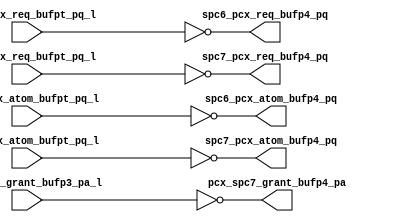
module pcx_buf_p4(/*AUTOARG*/
   // Outputs
   pcx_spc7_grant_bufp4_pa, spc6_pcx_req_bufp4_pq, 
   spc6_pcx_atom_bufp4_pq, spc7_pcx_req_bufp4_pq, 
   spc7_pcx_atom_bufp4_pq, 
   // Inputs
   spc6_pcx_req_bufpt_pq_l, spc6_pcx_atom_bufpt_pq_l, 
   spc7_pcx_req_bufpt_pq_l, spc7_pcx_atom_bufpt_pq_l, 
   pcx_spc7_grant_bufp3_pa_l
   );
   
   output [4:0]		pcx_spc7_grant_bufp4_pa;
   output [4:0]		spc6_pcx_req_bufp4_pq;	
   output 		spc6_pcx_atom_bufp4_pq;	
   output [4:0]		spc7_pcx_req_bufp4_pq;	
   output 		spc7_pcx_atom_bufp4_pq;	


   input [4:0]		spc6_pcx_req_bufpt_pq_l;	
   input 		spc6_pcx_atom_bufpt_pq_l;	
   input [4:0]		spc7_pcx_req_bufpt_pq_l;	
   input 		spc7_pcx_atom_bufpt_pq_l;	
   input [4:0]		pcx_spc7_grant_bufp3_pa_l;


   assign               pcx_spc7_grant_bufp4_pa                 =        ~pcx_spc7_grant_bufp3_pa_l;
   assign        	spc6_pcx_req_bufp4_pq[4:0]		=        ~spc6_pcx_req_bufpt_pq_l[4:0];
   assign 		spc6_pcx_atom_bufp4_pq			=        ~spc6_pcx_atom_bufpt_pq_l;
   assign        	spc7_pcx_req_bufp4_pq[4:0]		=        ~spc7_pcx_req_bufpt_pq_l[4:0];
   assign 		spc7_pcx_atom_bufp4_pq			=        ~spc7_pcx_atom_bufpt_pq_l;

								                                    
   
endmodule